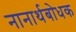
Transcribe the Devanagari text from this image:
नानार्थबोधक